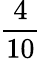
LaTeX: \frac{4}{10}